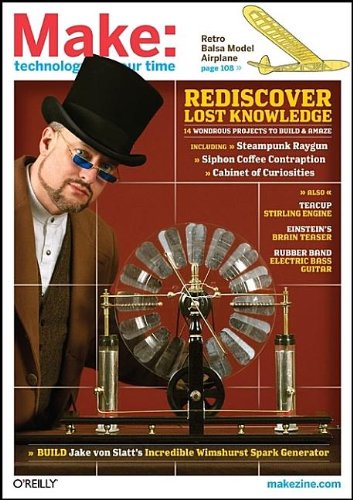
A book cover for Make: Technology on Your Time Volume 17; Computers & Technology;